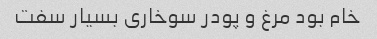
خام بود مرغ و پودر سوخاری بسیار سفت